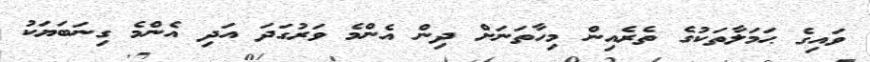
ވައިގެ ޙަމަލާތަކުގެ ތެރެއިން މިހާތަނަށް ދިން އެންމެ ވަރުގަދަ އަދި އެންމެ ގިނަބަޔަކު